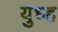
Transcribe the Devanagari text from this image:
युध्ह